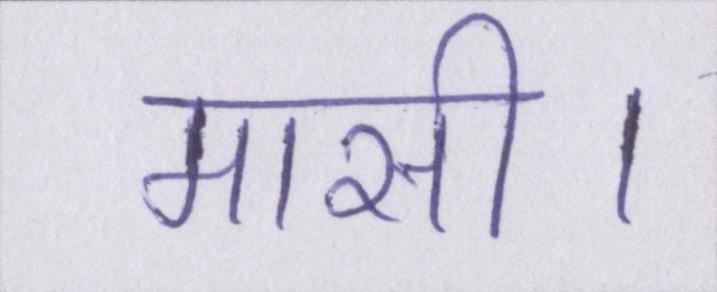
मासी।